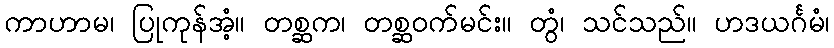
ကာဟာမ၊ ပြုကုန်အံ့။ တစ္ဆက၊ တစ္ဆဝက်မင်း။ တွံ၊ သင်သည်။ ဟဒယင်္ဂမံ၊